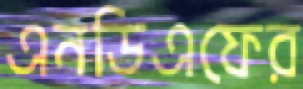
এনডিএফের